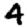
Digit: 4